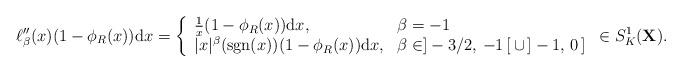
LaTeX: \begin{align*}\ell_{\beta}''(x)(1-\phi_R(x)){\rm d}x=\left\{\begin{array}{ll} \frac{1}{x}(1-\phi_R(x)){\rm d}x, & \beta=-1 \\ |x|^{\beta}({\rm sgn}(x))(1-\phi_R(x)){\rm d}x, & \beta\in ]-3/2,\,-1\,[\,\cup\,]-1,\,0\,]\end{array}\right.\in S_{K}^1({\bf X}).\end{align*}